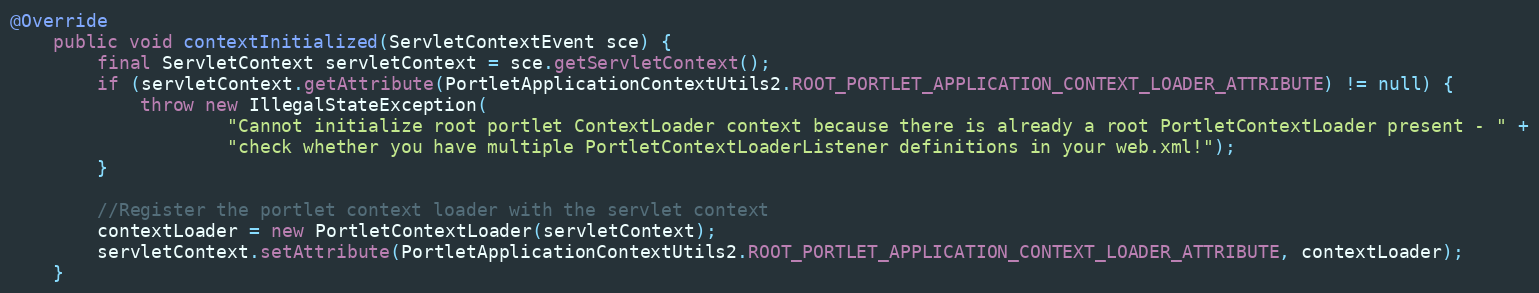
Language: Java
@Override
    public void contextInitialized(ServletContextEvent sce) {
        final ServletContext servletContext = sce.getServletContext();
        if (servletContext.getAttribute(PortletApplicationContextUtils2.ROOT_PORTLET_APPLICATION_CONTEXT_LOADER_ATTRIBUTE) != null) {
            throw new IllegalStateException(
                    "Cannot initialize root portlet ContextLoader context because there is already a root PortletContextLoader present - " +
                    "check whether you have multiple PortletContextLoaderListener definitions in your web.xml!");
        }

        //Register the portlet context loader with the servlet context
        contextLoader = new PortletContextLoader(servletContext);
        servletContext.setAttribute(PortletApplicationContextUtils2.ROOT_PORTLET_APPLICATION_CONTEXT_LOADER_ATTRIBUTE, contextLoader);
    }